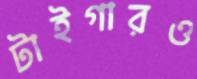
টাইগারও